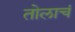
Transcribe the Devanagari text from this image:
तोलाचं